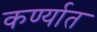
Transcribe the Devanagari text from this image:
कर्ण्यात